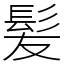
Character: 髪